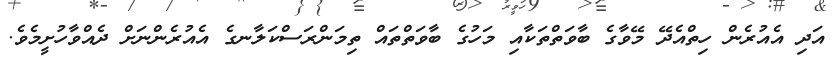
އަދި އެއުރެން ހިތްއެދޭ މޭވާގެ ބާވަތްތަކާއި މަހުގެ ބާވަތްތައް ތިމަންރަސްކަލާނގެ އެއުރެންނަށް ދެއްވާހުށީމެވެ.